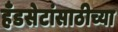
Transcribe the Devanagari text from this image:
हँडसेटांसाठीच्या